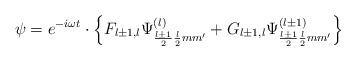
LaTeX: \begin{align*}\psi=e^{-i\omega t}\cdot\left\{ F_{l\pm 1,l}\Psi^{(l)}_{\frac{l\pm 1}{2}\frac{l}{2}mm'} +G_{l\pm 1,l}\Psi^{(l\pm 1)}_{\frac{l\pm 1}{2}\frac{l}{2}mm'} \right\}\end{align*}